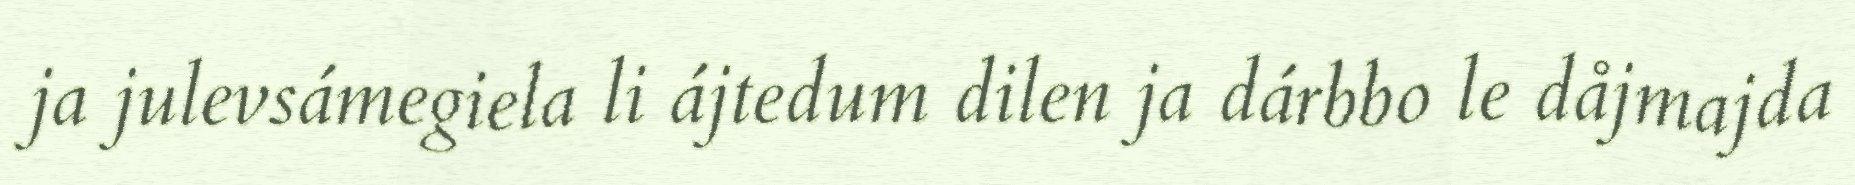
ja julevsámegiela li ájtedum dilen ja dárbbo le dåjmajda